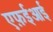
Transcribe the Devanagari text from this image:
एफ़ईआई